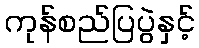
ကုန်စည်ပြပွဲနှင့်